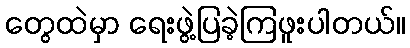
တွေထဲမှာ ရေးဖွဲ့ပြခဲ့ကြဖူးပါတယ်။